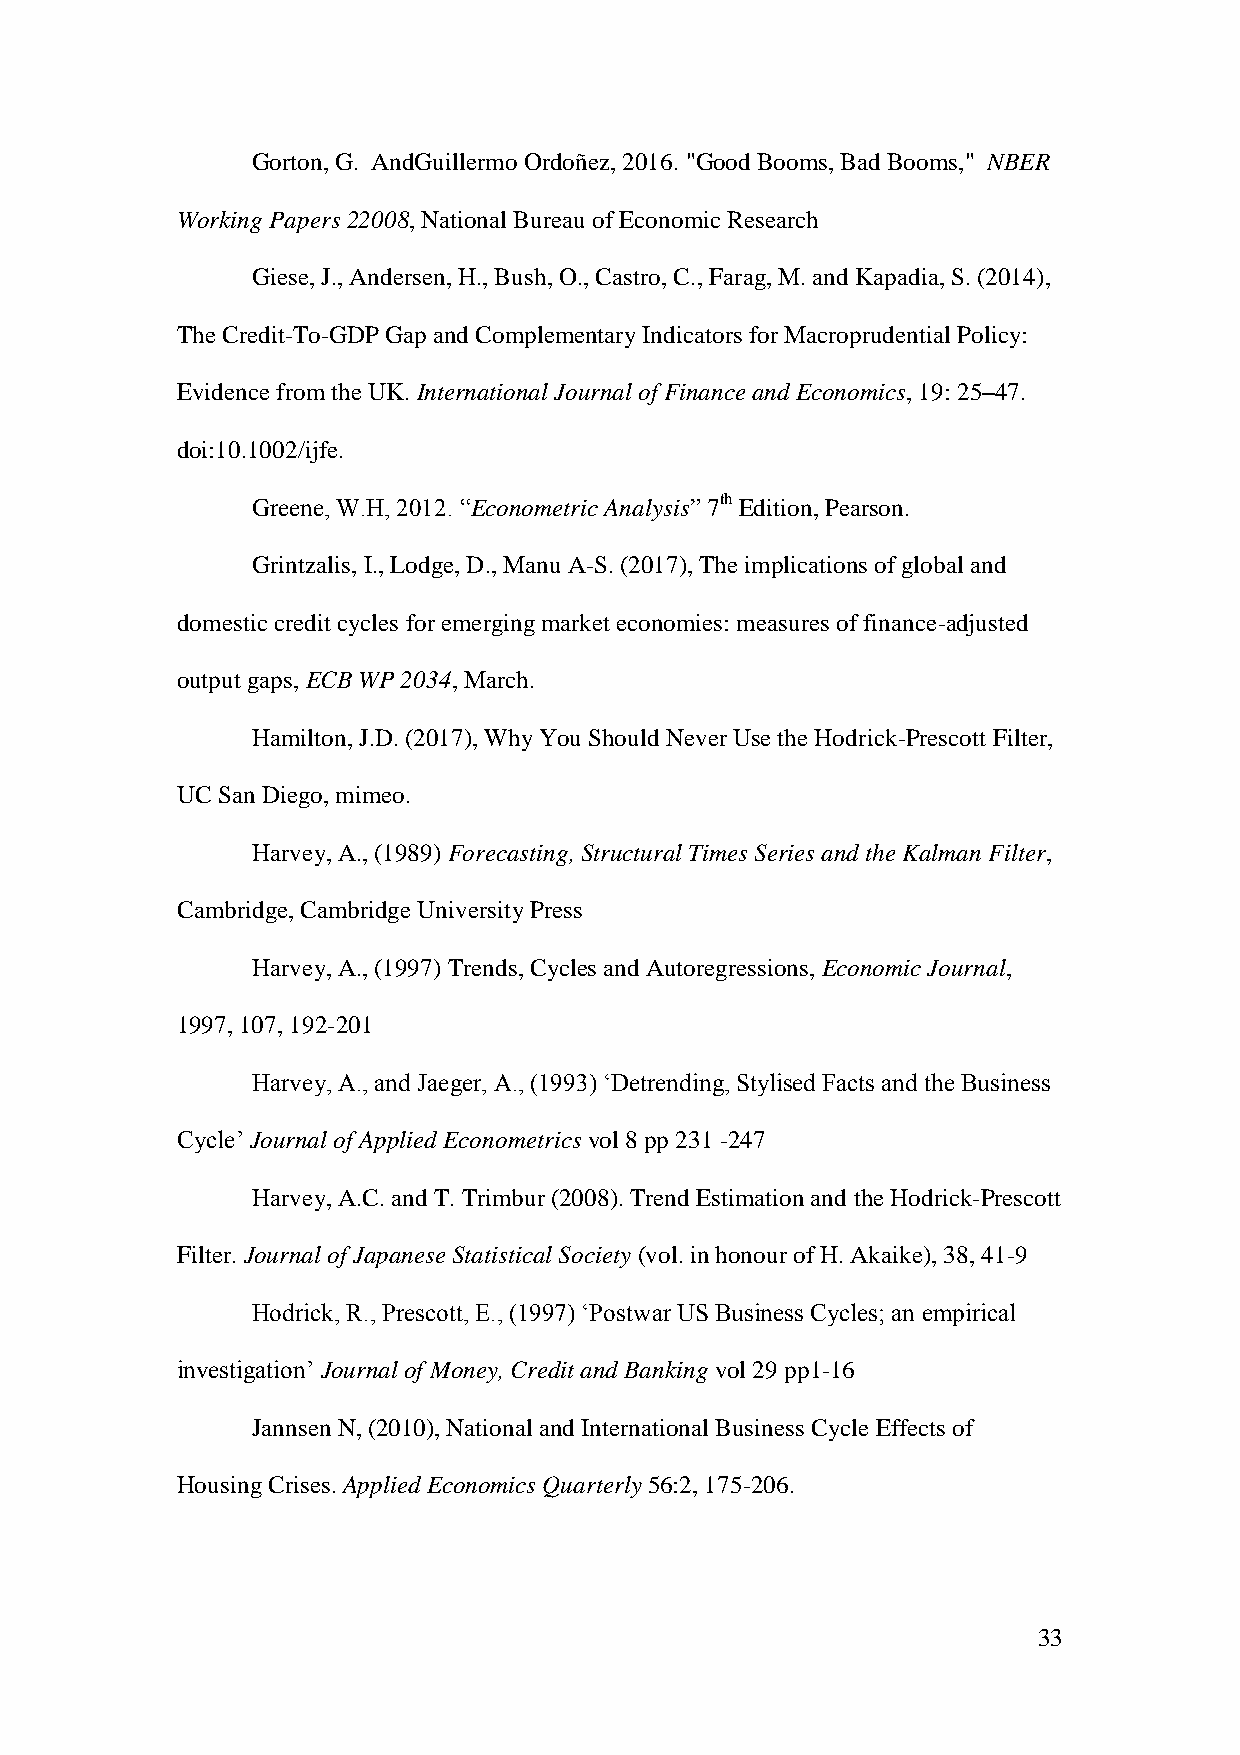
Gorton, G. AndGuillermo Ordoñez, 2016. "Good Booms, Bad Booms," NBER
 Working Papers 22008, National Bureau of Economic Research
 Giese, J., Andersen, H., Bush, O., Castro, C., Farag, M. and Kapadia, S. (2014),
 The Credit-To-GDP Gap and Complementary Indicators for Macroprudential Policy:
 Evidence from the UK. International Journal of Finance and Economics, 19: 25–47.
 doi:10.1002/ijfe.
 Greene, W.H, 2012. “Econometric Analysis” 7th Edition, Pearson.
 Grintzalis, I., Lodge, D., Manu A-S. (2017), The implications of global and
 domestic credit cycles for emerging market economies: measures of finance-adjusted
 output gaps, ECB WP 2034, March.
 Hamilton, J.D. (2017), Why You Should Never Use the Hodrick-Prescott Filter,
 UC San Diego, mimeo.
 Harvey, A., (1989) Forecasting, Structural Times Series and the Kalman Filter,
 Cambridge, Cambridge University Press
 Harvey, A., (1997) Trends, Cycles and Autoregressions, Economic Journal,
 1997, 107, 192-201
 Harvey, A., and Jaeger, A., (1993) ‘Detrending, Stylised Facts and the Business
 Cycle’ Journal of Applied Econometrics vol 8 pp 231 -247
 Harvey, A.C. and T. Trimbur (2008). Trend Estimation and the Hodrick-Prescott
 Filter. Journal of Japanese Statistical Society (vol. in honour of H. Akaike), 38, 41-9
 Hodrick, R., Prescott, E., (1997) ‘Postwar US Business Cycles; an empirical
 investigation’ Journal of Money, Credit and Banking vol 29 pp1-16
 Jannsen N, (2010), National and International Business Cycle Effects of
 Housing Crises. Applied Economics Quarterly 56:2, 175-206.
 33